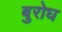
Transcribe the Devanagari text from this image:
बुरोघ